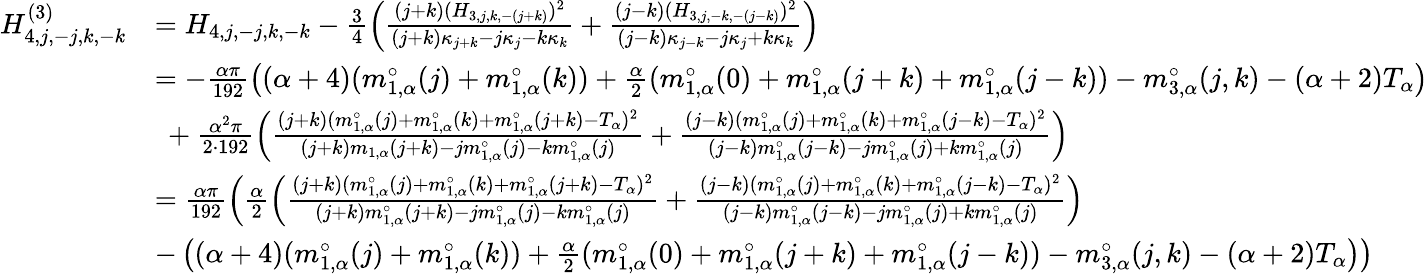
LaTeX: \begin{array}{rl}{H_{4,j,-j,k,-k}^{(3)}}&{=H_{4,j,-j,k,-k}-\frac{3}{4}\left(\frac{(j+k)(H_{3,j,k,-(j+k)})^{2}}{(j+k)\kappa_{j+k}-j\kappa_{j}-k\kappa_{k}}+\frac{(j-k)(H_{3,j,-k,-(j-k)})^{2}}{(j-k)\kappa_{j-k}-j\kappa_{j}+k\kappa_{k}}\right)}\\ &{=-\frac{\alpha\pi}{192}\left(({\alpha+4})(m_{1,\alpha}^{\circ}(j)+m_{1,\alpha}^{\circ}(k))+\frac{\alpha}{2}(m_{1,\alpha}^{\circ}(0)+m_{1,\alpha}^{\circ}(j+k)+m_{1,\alpha}^{\circ}(j-k))-m_{3,\alpha}^{\circ}(j,k)-(\alpha+2)T_{\alpha}\right)}\\ &{\ +\frac{\alpha^{2}\pi}{2\cdot 192}\left(\frac{(j+k)(m_{1,\alpha}^{\circ}(j)+m_{1,\alpha}^{\circ}(k)+m_{1,\alpha}^{\circ}(j+k)-T_{\alpha})^{2}}{(j+k)m_{1,\alpha}(j+k)-jm_{1,\alpha}^{\circ}(j)-km_{1,\alpha}^{\circ}(j)}+\frac{(j-k)(m_{1,\alpha}^{\circ}(j)+m_{1,\alpha}^{\circ}(k)+m_{1,\alpha}^{\circ}(j-k)-T_{\alpha})^{2}}{(j-k)m_{1,\alpha}^{\circ}(j-k)-jm_{1,\alpha}^{\circ}(j)+km_{1,\alpha}^{\circ}(j)}\right)}\\ &{=\frac{\alpha\pi}{192}\left(\frac{\alpha}{2}\left(\frac{(j+k)(m_{1,\alpha}^{\circ}(j)+m_{1,\alpha}^{\circ}(k)+m_{1,\alpha}^{\circ}(j+k)-T_{\alpha})^{2}}{(j+k)m_{1,\alpha}^{\circ}(j+k)-jm_{1,\alpha}^{\circ}(j)-km_{1,\alpha}^{\circ}(j)}+\frac{(j-k)(m_{1,\alpha}^{\circ}(j)+m_{1,\alpha}^{\circ}(k)+m_{1,\alpha}^{\circ}(j-k)-T_{\alpha})^{2}}{(j-k)m_{1,\alpha}^{\circ}(j-k)-jm_{1,\alpha}^{\circ}(j)+km_{1,\alpha}^{\circ}(j)}\right)\right.}\\ &{\left.-\left(({\alpha+4})(m_{1,\alpha}^{\circ}(j)+m_{1,\alpha}^{\circ}(k))+\frac{\alpha}{2}(m_{1,\alpha}^{\circ}(0)+m_{1,\alpha}^{\circ}(j+k)+m_{1,\alpha}^{\circ}(j-k))-m_{3,\alpha}^{\circ}(j,k)-(\alpha+2)T_{\alpha}\right)\right)}\end{array}